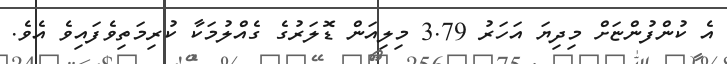
އެ ކުންފުންޏަށް މިދިޔަ އަހަރު 3.79 މިލިއަން ޑޮލަރުގެ ގެއްލުމަކާ ކުރިމަތިވެފައިވެ އެވެ.